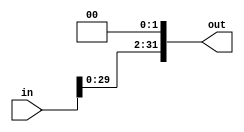
`timescale 1ns / 1ps
//////////////////////////////////////////////////////////////////////////////////
// Company: 
// Engineer: 
// 
// Design Name: 
// Module Name: Shift_register
// Project Name: 
// Target Devices: 
// Tool Versions: 
// Description: 
// 
// Dependencies: 
// 
// Revision:
// Revision 0.01 - File Created
// Additional Comments:
// 
//////////////////////////////////////////////////////////////////////////////////


module Shift_register_left_2bits(
    output [31:0] out,
    input [31:0] in
    );
    
    assign out = {in[29:0], 2'b00};
    
endmodule